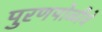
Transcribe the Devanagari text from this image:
पुरणपोळीचे